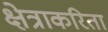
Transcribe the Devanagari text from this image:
क्षेत्राकरिता